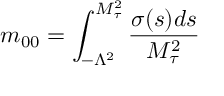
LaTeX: m _ { 0 0 } = \int _ { - \Lambda ^ { 2 } } ^ { M _ { \tau } ^ { 2 } } \frac { \sigma ( s ) d s } { M _ { \tau } ^ { 2 } }